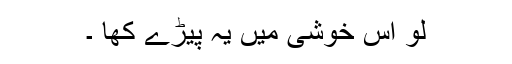
لو اس خوشی میں یہ پیڑے کھا ۔